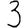
Digit: 3